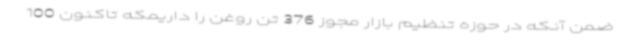
ضمن آنکه در حوزه تنظیم بازار مجوز 376 تن روغن را داریمکه تاکنون 100